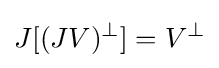
J[(JV)^{\perp }]=V^{\perp }